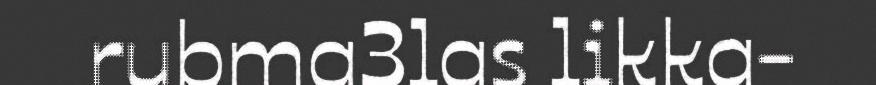
rubma3las likka-